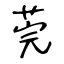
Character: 莞